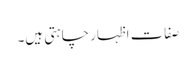
صفات اظہار چاہتی ہیں۔